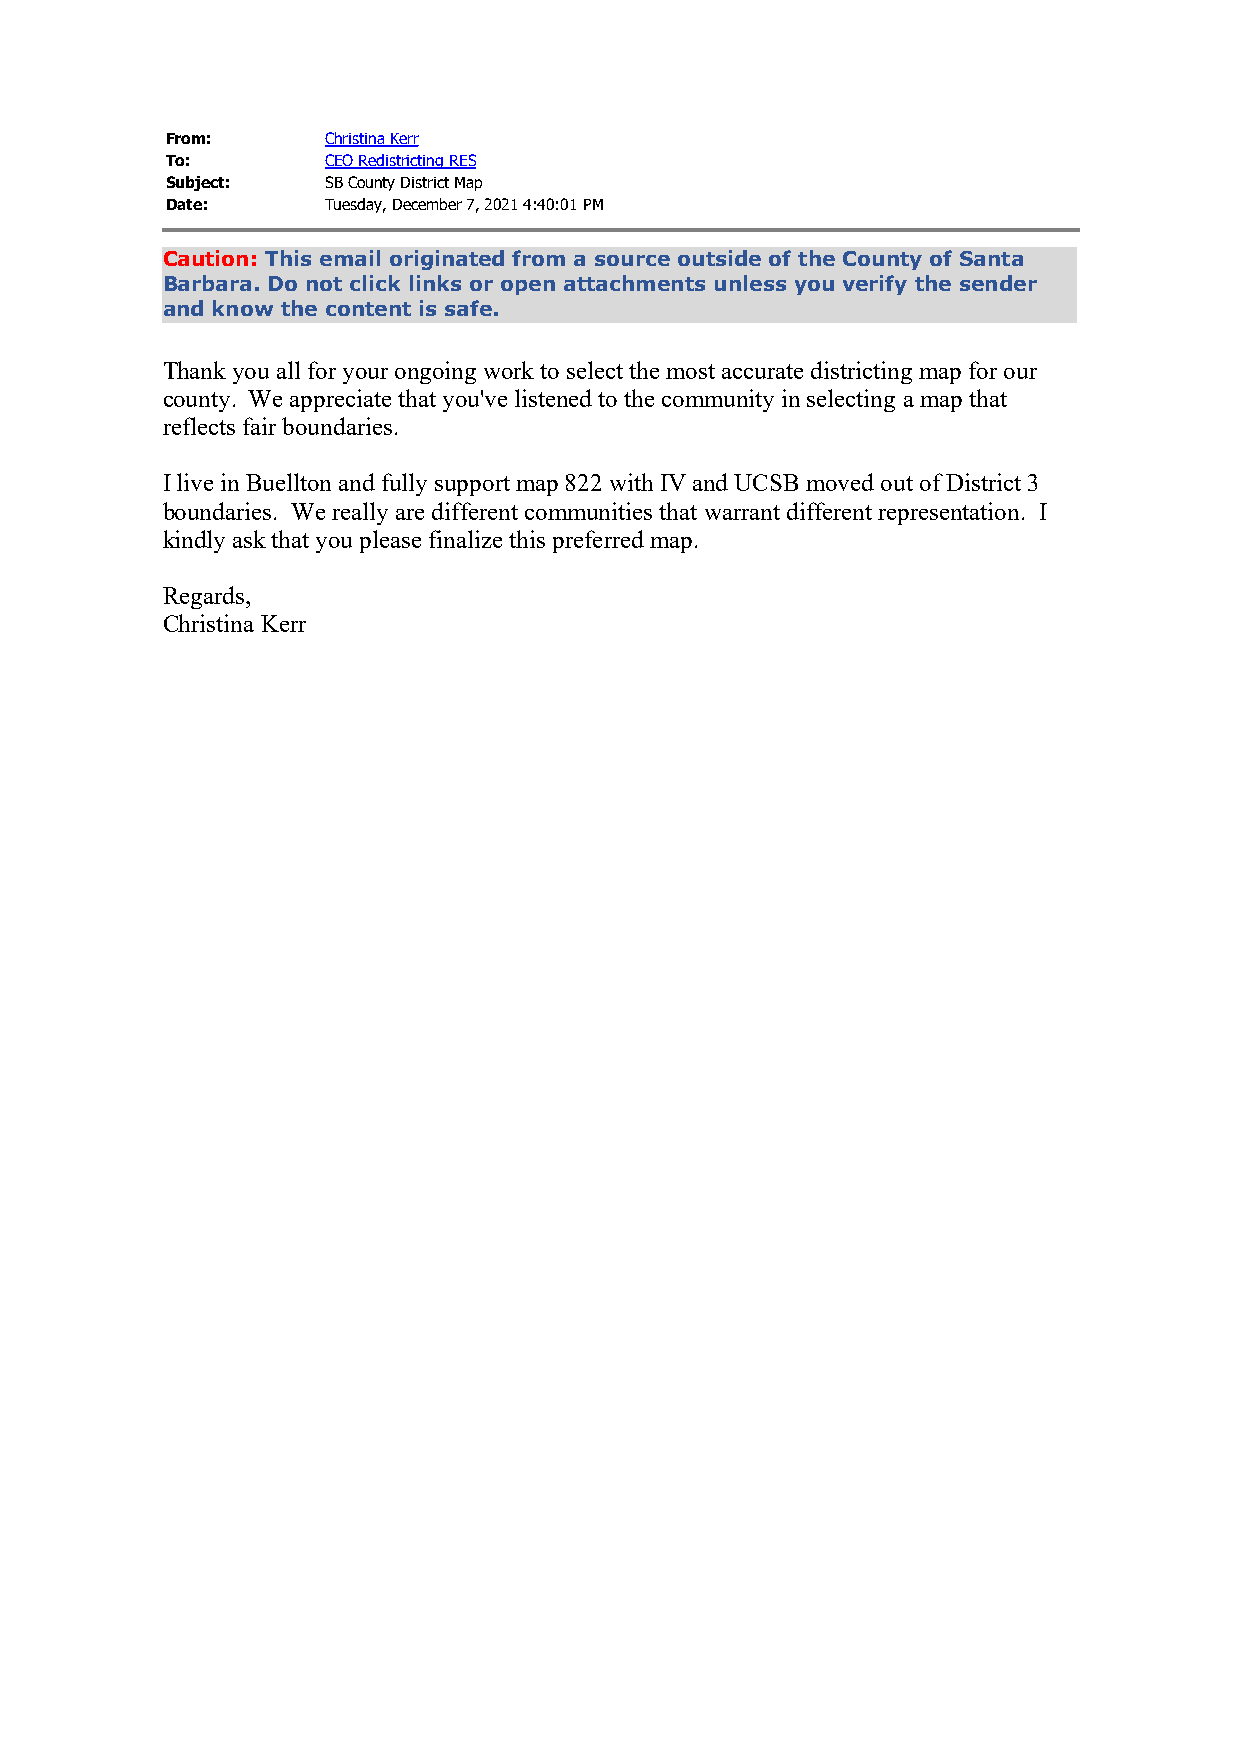
From:      Christina Kerr
 To:        CEO Redistricting RES
 Subject:   SB County District Map
 Date:      Tuesday, December 7, 2021 4:40:01 PM
 Caution: This email originated from a source outside of the County of Santa
 Barbara. Do not click links or open attachments unless you verify the sender
 and know the content is safe.
 Thank you all for your ongoing work to select the most accurate districting map for our
 county. We appreciate that you've listened to the community in selecting a map that
 reflects fair boundaries.
 I live in Buellton and fully support map 822 with IV and UCSB moved out of District 3
 boundaries. We really are different communities that warrant different representation. I
 kindly ask that you please finalize this preferred map.
 Regards,
 Christina Kerr